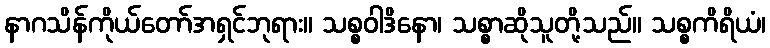
နာဂသိန်ကိုယ်တော်အရှင်ဘုရား။ သစ္စဝါဒိနော၊ သစ္စာဆိုသူတို့သည်။ သစ္စကိရိယံ၊